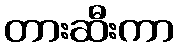
တားဆီးကာ